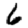
Digit: 6